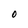
Character: O